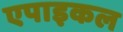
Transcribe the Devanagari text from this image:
एपाइकल